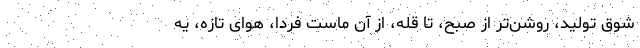
شوق تولید، روشن‌تر از صبح، تا قله، از آن ماست فردا، هوای تازه، یه